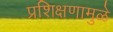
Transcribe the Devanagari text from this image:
प्रशिक्षणामुळे